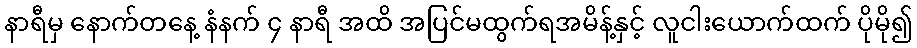
နာရီမှ နောက်တနေ့ နံနက် ၄ နာရီ အထိ အပြင်မထွက်ရအမိန့်နှင့် လူငါးယောက်ထက် ပိုမို၍